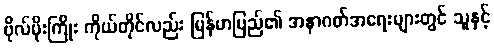
ဗိုလ်မိုးကြိုး ကိုယ်တိုင်လည်း မြန်မာပြည်၏ အနာဂတ်အရေးများတွင် သူနှင့်